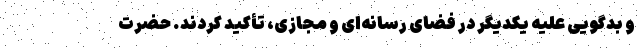
و بدگویی علیه یکدیگر در فضای رسانه‌ای و مجازی، تأکید کردند. حضرت